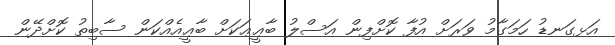
އަޅގަނޑު ހަމަގާމު ވަރަށް އުފާ ކޮށްފިން އަސްލު ބާޢީޢަކަށް ބާޢީއެއްކަން ސާބިތު ކޮށްދޭން